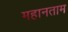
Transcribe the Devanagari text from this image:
महानताम